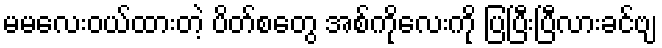
မမလေးဝယ်ထားတဲ့ ပိတ်စတွေ အစ်ကိုလေးကို ပြပြီးပြီလားခင်ဗျ